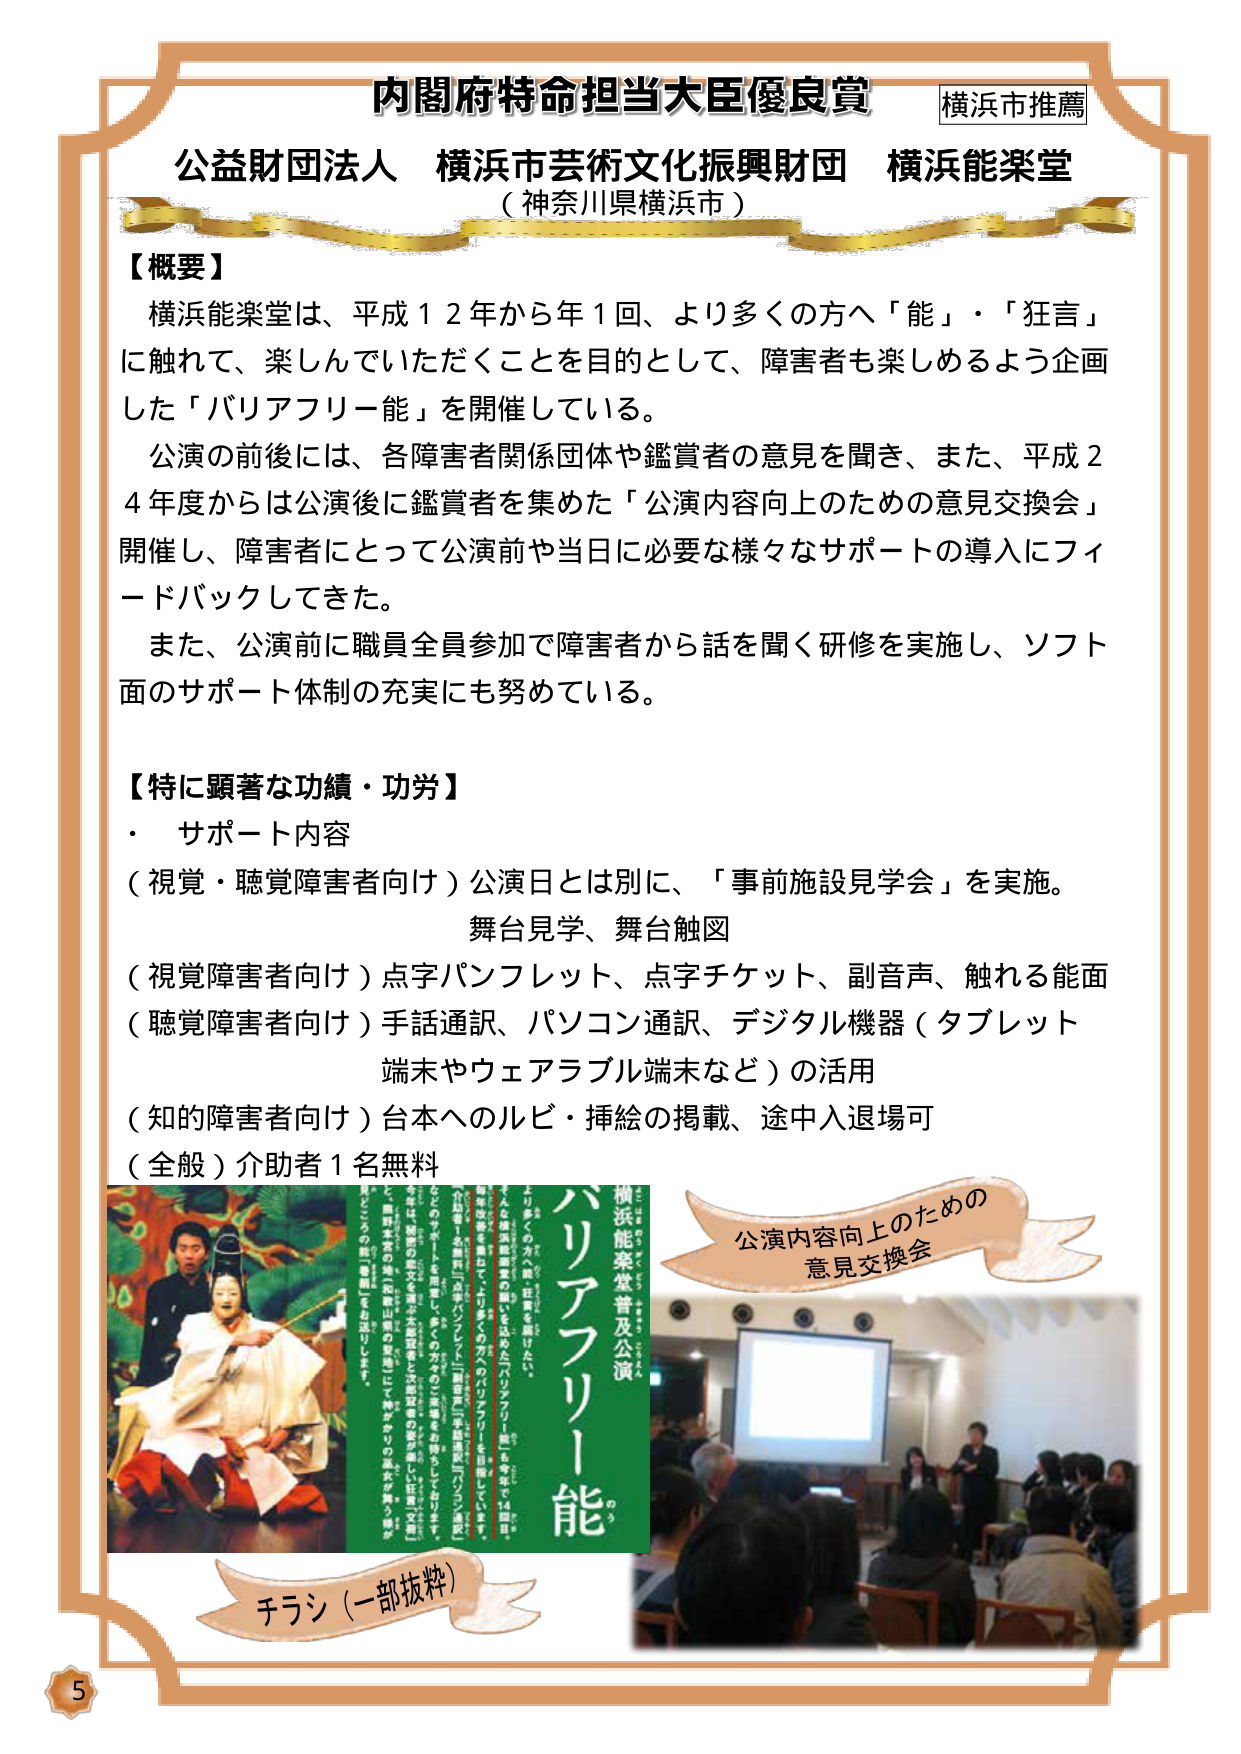
内閣府特命担当大臣優良賞 横浜市推薦
公益財団法人 横浜市芸術文化振興財団 横浜能楽堂
（神奈川県横浜市）

【概要】
横浜能楽堂は、平成１２年から年１回、より多くの方へ「能」・「狂言」
に触れて、楽しんでいただくことを目的として、障害者も楽しめるよう企画
した「バリアフリー能」を開催している。
公演の前後には、各障害者関係団体や鑑賞者の意見を聞き、また、平成２
４年度からは公演後に鑑賞者を集めた「公演内容向上のための意見交換会」
開催し、障害者にとって公演前や当日に必要な様々なサポートの導入にフィ
ードバックしてきた。
また、公演前に職員全員参加で障害者から話を聞く研修を実施し、ソフト
面のサポート体制の充実にも努めている。

【特に顕著な功績・功労】
・ サポート内容
（視覚・聴覚障害者向け）公演日とは別に、「事前施設見学会」を実施。
　舞台見学、舞台触図
（視覚障害者向け）点字パンフレット、点字チケット、副音声、触れる能面
（聴覚障害者向け）手話通訳、パソコン通訳、デジタル機器（タブレット
　端末やウェアラブル端末など）の活用
（知的障害者向け）台本へのルビ・挿絵の掲載、途中入退場可
（全般）介助者１名無料

チラシ（一部抜粋）
横浜能楽堂普及公演
バリアフリー能
のう
より多くの方に能を体験してほしい。
横浜能楽堂は、平成12年から年1回、より多くの方へ「能」・「狂言」に触れて、楽しんでいただくことを目的として、「バリアフリー能」を開催しています。
「バリアフリー能」は、障害のある方や、高齢者、外国籍の方など、誰もが安心して能を楽しんでいただけるように、さまざまな工夫をしています。
視覚障害者向けには、点字パンフレット、点字チケット、副音声、触れる能面などを用意。
聴覚障害者向けには、手話通訳、パソコン通訳、デジタル機器（タブレット端末やウェアラブル端末など）を活用。
知的障害者向けには、台本にルビ・挿絵を掲載し、途中入退場も可能に。
また、公演前には「事前施設見学会」を実施し、舞台見学や舞台触図で、公演の雰囲気を体感していただけます。
介助者1名無料。
横浜能楽堂では、障害者に配慮した「バリアフリー能」を、より多くの人に楽しんでいただけるよう、今後も取り組んでいきます。

公演内容向上のための
意見交換会

5